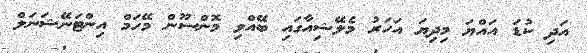
އަދި ކުޑަ އައްޔަ މިދިޔަ އަހަރު މެލޭޝިއާގައި ބޭއްވި މޮންސޫން މޭހަމް އިންޓަނޭޝަނަލް